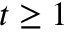
t \geq 1